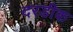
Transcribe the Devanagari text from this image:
दरडीक